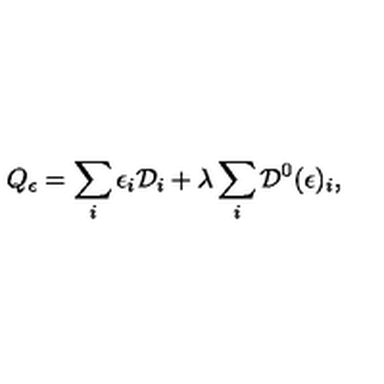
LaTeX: Q _ { \epsilon } = \sum _ { i } \epsilon _ { i } { \cal D } _ { i } + \lambda \sum _ { i } { \cal D } ^ { 0 } ( \epsilon ) _ { i } ,